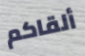
ألقاكم